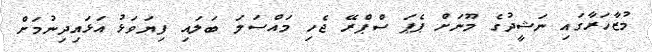
މުޒާހަރާގައި ނަޝީދުގެ މޫނަށް ޕެޕަ ސްޕްރޭ ޖެހި މައްސަލަ ބަލައި ފިޔަވަޅު އަޅައިދިނުމަށް